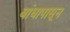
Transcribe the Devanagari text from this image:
बांधापासून